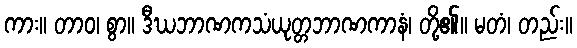
ကား။ တာဝ၊ စွာ။ ဒီဃဘာဏကသံယုတ္တဘာဏကာနံ၊ တို့၏။ မတံ၊ တည်း။